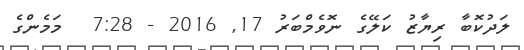
ލަދުކޮބާ ރިޔާޒު ކަލޭގެ ނޮވެމްބަރު 17